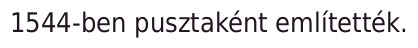
1544-ben pusztaként említették.